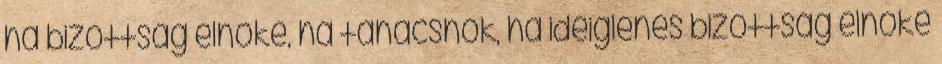
ha bizottság elnöke, ha tanácsnok, ha ideiglenes bizottság elnöke